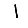
Digit: 1